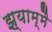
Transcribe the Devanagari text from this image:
झ्याम्मै